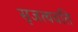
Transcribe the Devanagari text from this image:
सृजत्यवति